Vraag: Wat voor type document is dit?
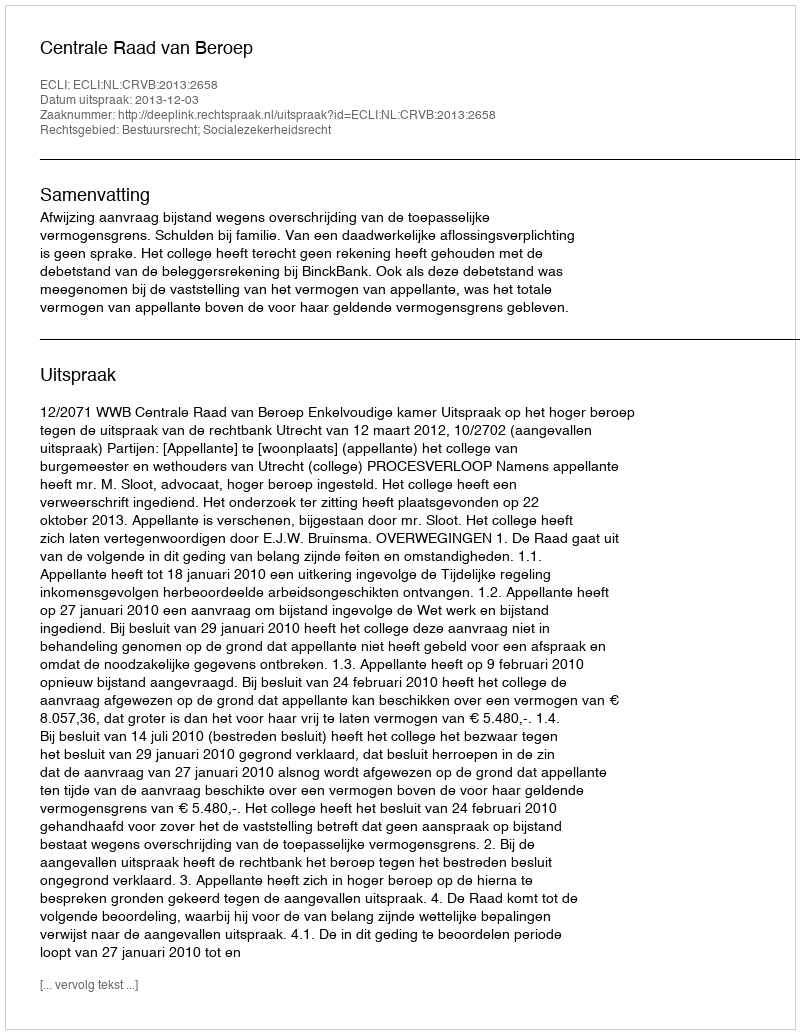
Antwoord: Uitspraak